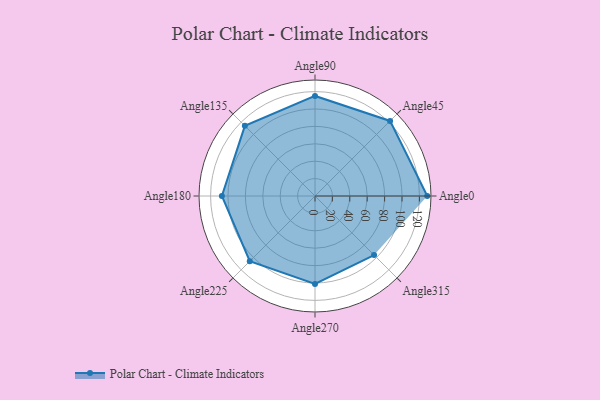
{"axis": {"x": "Angle", "y": "Radius"}, "legend": [""], "data": [{"x": "Angle0", "y": 129.0, "type": ""}, {"x": "Angle45", "y": 122.0, "type": ""}, {"x": "Angle90", "y": 115.0, "type": ""}, {"x": "Angle135", "y": 114.0, "type": ""}, {"x": "Angle180", "y": 107.0, "type": ""}, {"x": "Angle225", "y": 106.0, "type": ""}, {"x": "Angle270", "y": 101.0, "type": ""}, {"x": "Angle315", "y": 96.0, "type": ""}]}